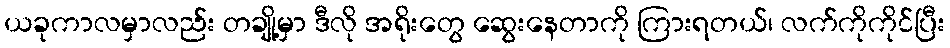
ယခုကာလမှာလည်း တချို့မှာ ဒီလို အရိုးတွေ ဆွေးနေတာကို ကြားရတယ်၊ လက်ကိုကိုင်ပြီး